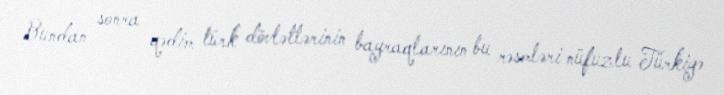
Bundan sonra qədim türk dövlətlərinin bayraqlarının bu rəsmləri nüfuzlu Türkiyə